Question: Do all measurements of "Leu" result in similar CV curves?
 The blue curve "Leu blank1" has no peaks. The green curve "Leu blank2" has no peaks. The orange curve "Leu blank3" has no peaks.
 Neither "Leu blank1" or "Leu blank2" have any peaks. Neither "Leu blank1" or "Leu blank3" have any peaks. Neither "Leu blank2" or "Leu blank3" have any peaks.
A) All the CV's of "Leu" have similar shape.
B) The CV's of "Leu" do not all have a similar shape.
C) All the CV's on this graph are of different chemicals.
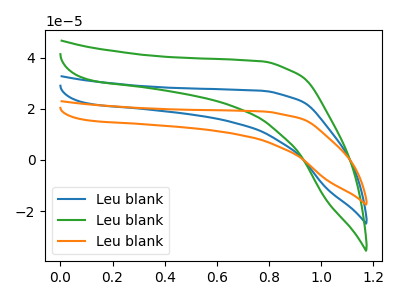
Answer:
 <answer>A) All the CV's of "Leu" have similar shape.</answer>
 <eval>A</eval>